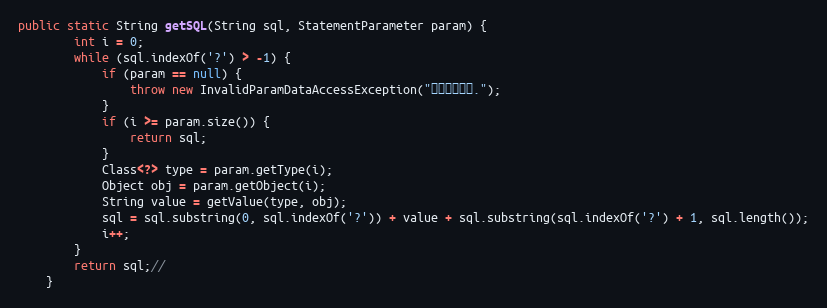
Language: Java
public static String getSQL(String sql, StatementParameter param) {
		int i = 0;
		while (sql.indexOf('?') > -1) {
			if (param == null) {
				throw new InvalidParamDataAccessException("没有设置参数.");
			}
			if (i >= param.size()) {
				return sql;
			}
			Class<?> type = param.getType(i);
			Object obj = param.getObject(i);
			String value = getValue(type, obj);
			sql = sql.substring(0, sql.indexOf('?')) + value + sql.substring(sql.indexOf('?') + 1, sql.length());
			i++;
		}
		return sql;//
	}